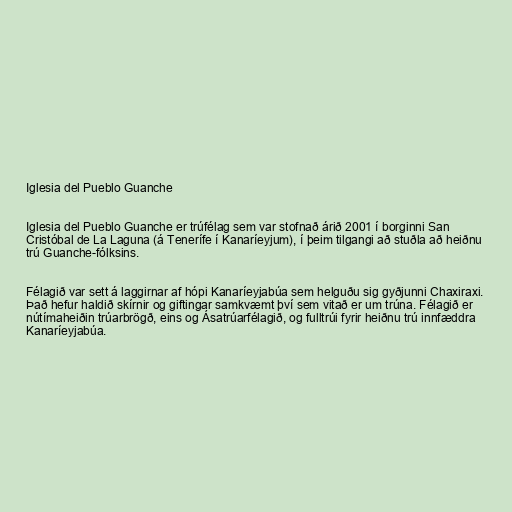
Iglesia del Pueblo Guanche

Iglesia del Pueblo Guanche er trúfélag sem var stofnað árið 2001 í borginni San
Cristóbal de La Laguna (á Tenerífe í Kanaríeyjum), í þeim tilgangi að stuðla að heiðnu
trú Guanche-fólksins.

Félagið var sett á laggirnar af hópi Kanaríeyjabúa sem helguðu sig gyðjunni Chaxiraxi.
Það hefur haldið skírnir og giftingar samkvæmt því sem vitað er um trúna. Félagið er
nútímaheiðin trúarbrögð, eins og Ásatrúarfélagið, og fulltrúi fyrir heiðnu trú innfæddra
Kanaríeyjabúa.